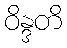
ဝိန္ဒတိ